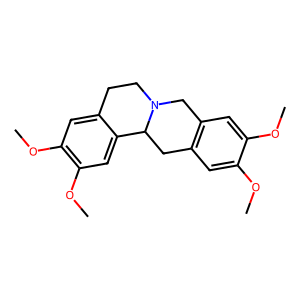
SMILES: COc1cc2c(cc1OC)CN1CCc3cc(OC)c(OC)cc3C1C2
Inhibits HIV replication: No